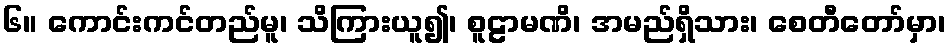
၆။ ကောင်းကင်တည်မူ၊ သိကြားယူ၍၊ စူဠာမဏိ၊ အမည်ရှိသား၊ စေတီတော်မှာ၊